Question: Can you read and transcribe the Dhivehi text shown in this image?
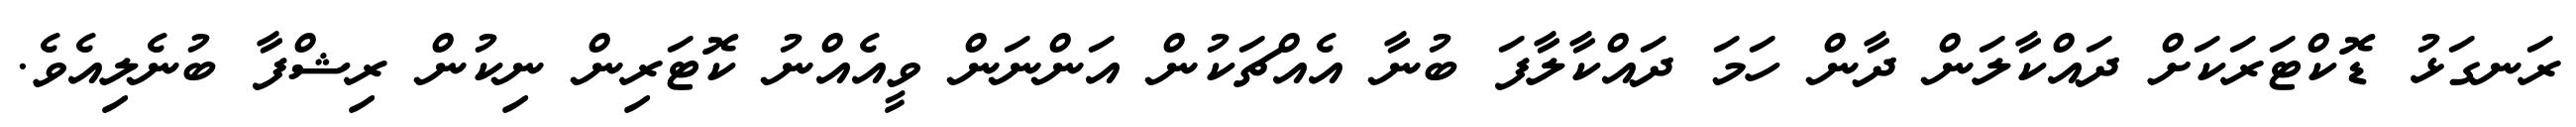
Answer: ރަނގަޅު ޑޮކްޓަރަކަށް ދައްކާލަން ދާން ހަމަ ދައްކާލާފަ ބުނާ އެއްޗަކުން އަންނަން ވީއެއްނު ކޮޓަރިން ނިކުން ރިޝްފާ ބުނެލިއެވެ.